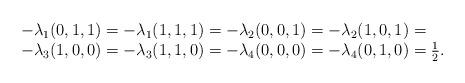
LaTeX: \begin{align*} \begin{array}{l}- \lambda_1(0,1,1) = - \lambda_1(1,1,1) = - \lambda_2(0,0,1) = - \lambda_2(1,0,1) = \\- \lambda_3(1,0,0) = - \lambda_3(1,1,0) = - \lambda_4(0,0,0) = - \lambda_4(0,1,0) = \frac{1}{2}.\end{array}\end{align*}